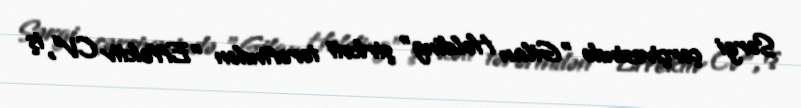
Sərgi çərçivəsində "Gilan Holding" şirkəti tərəfindən "Effektiv CV", iş